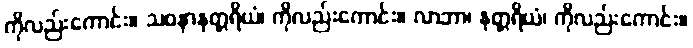
ကိုလည်းကောင်း။ သဝနာနုတ္တရိယံ၊ ကိုလည်းကောင်း။ လာဘာ၊ နုတ္တရိယံ၊ ကိုလည်းကောင်း။